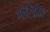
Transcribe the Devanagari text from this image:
अंर्तर्मुख